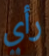
رأي